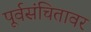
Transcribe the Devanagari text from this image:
पूर्वसंचितावर